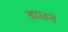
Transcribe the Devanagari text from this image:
ढाळते